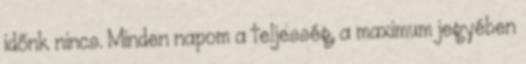
időnk nincs. Minden napom a teljesség, a maximum jegyében